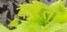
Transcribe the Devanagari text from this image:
करंता